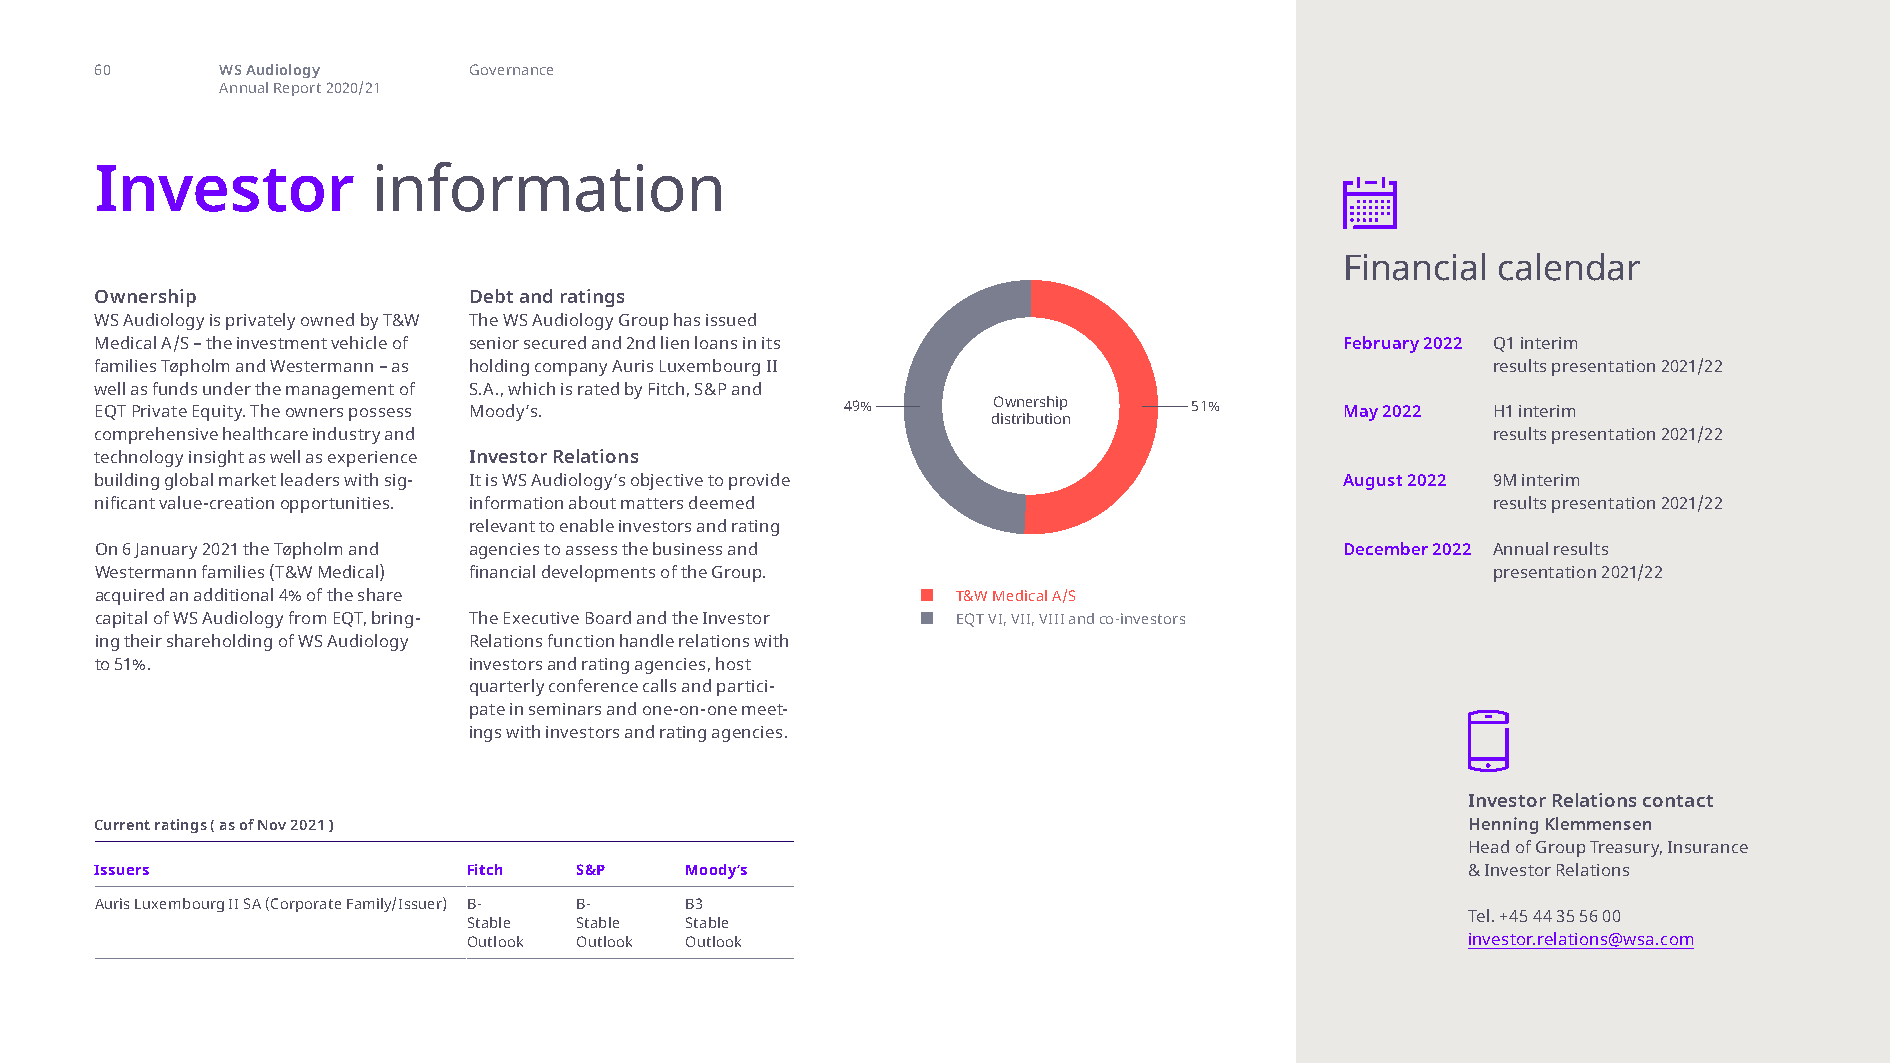
investor information
 60       WS Audiology    Governance
 Annual Report 2020/21
 Investor           information
 Financial calendar
 Ownership                Debt and ratings
 WS Audiology is privately owned by T&W The WS Audiology Group has issued
 Medical A/S – the investment vehicle of senior secured and 2nd lien loans in its   February 2022 Q1 interim
 families Tøpholm and Westermann – as holding company Auris Luxembourg II                     results presentation 2021/22
 well as funds under the management of S.A., which is rated by Fitch, S&P and
 EQT Private Equity. The owners possess Moody’s.   49%       Ownership    51%       May 2022  H1 interim
 distribution
 comprehensive healthcare industry and                                                        results presentation 2021/22
 technology insight as well as experience Investor Relations
 building global market leaders with sig- It is WS Audiology’s objective to provide August 2022 9M interim
 nificant value-creation opportunities. information about matters deemed                      results presentation 2021/22
 relevant to enable investors and rating
 On 6 January 2021 the Tøpholm and agencies to assess the business and              December 2022 A nnual results
 Westermann families (T&W Medical) financial developments of the Group.                       presentation 2021/22
 acquired an additional 4% of the share                   T&W Medical A/S
 capital of WS Audiology from EQT, bring- The Executive Board and the Investor EQT VI, VII, VIII and co-investors
 ing their shareholding of WS Audiology Relations function handle relations with
 to 51%.                  investors and rating agencies, host
 quarterly conference calls and partici-
 pate in seminars and one-on-one meet-
 ings with investors and rating agencies.
 Investor Relations contact
 Current ratings ( as of Nov 2021 )                                                         Henning Klemmensen
 Head of Group Treasury, Insurance
 Issuers                  Fitch  S&P    Moody’s                                             & Investor Relations
 Auris Luxembourg II SA (Corporate Family/Issuer) B- B- B3
 Tel. +45 44 35 56 00
 Stable Stable Stable
 Outlook Outlook Outlook                                           investor.relations@wsa.com